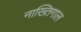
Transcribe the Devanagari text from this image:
नाख्तिगाल